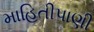
માહિતીપાણી